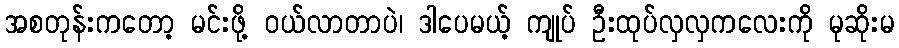
အစတုန်းကတော့ မင်းဖို့ ဝယ်လာတာပဲ၊ ဒါပေမယ့် ကျုပ် ဦးထုပ်လှလှကလေးကို မုဆိုးမ